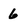
Character: 6